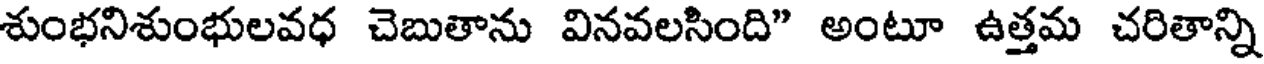
శుంభనిశుంభులవధ చెబుతాను వినవలసింది" అంటూ ఉత్తమ చరితాన్ని